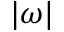
| \omega |